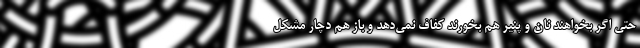
حتی اگر بخواهند نان و پنیر هم بخورند کفاف نمی‌دهد و باز هم دچار مشکل